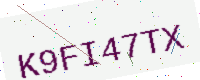
Text: K9FI47TX